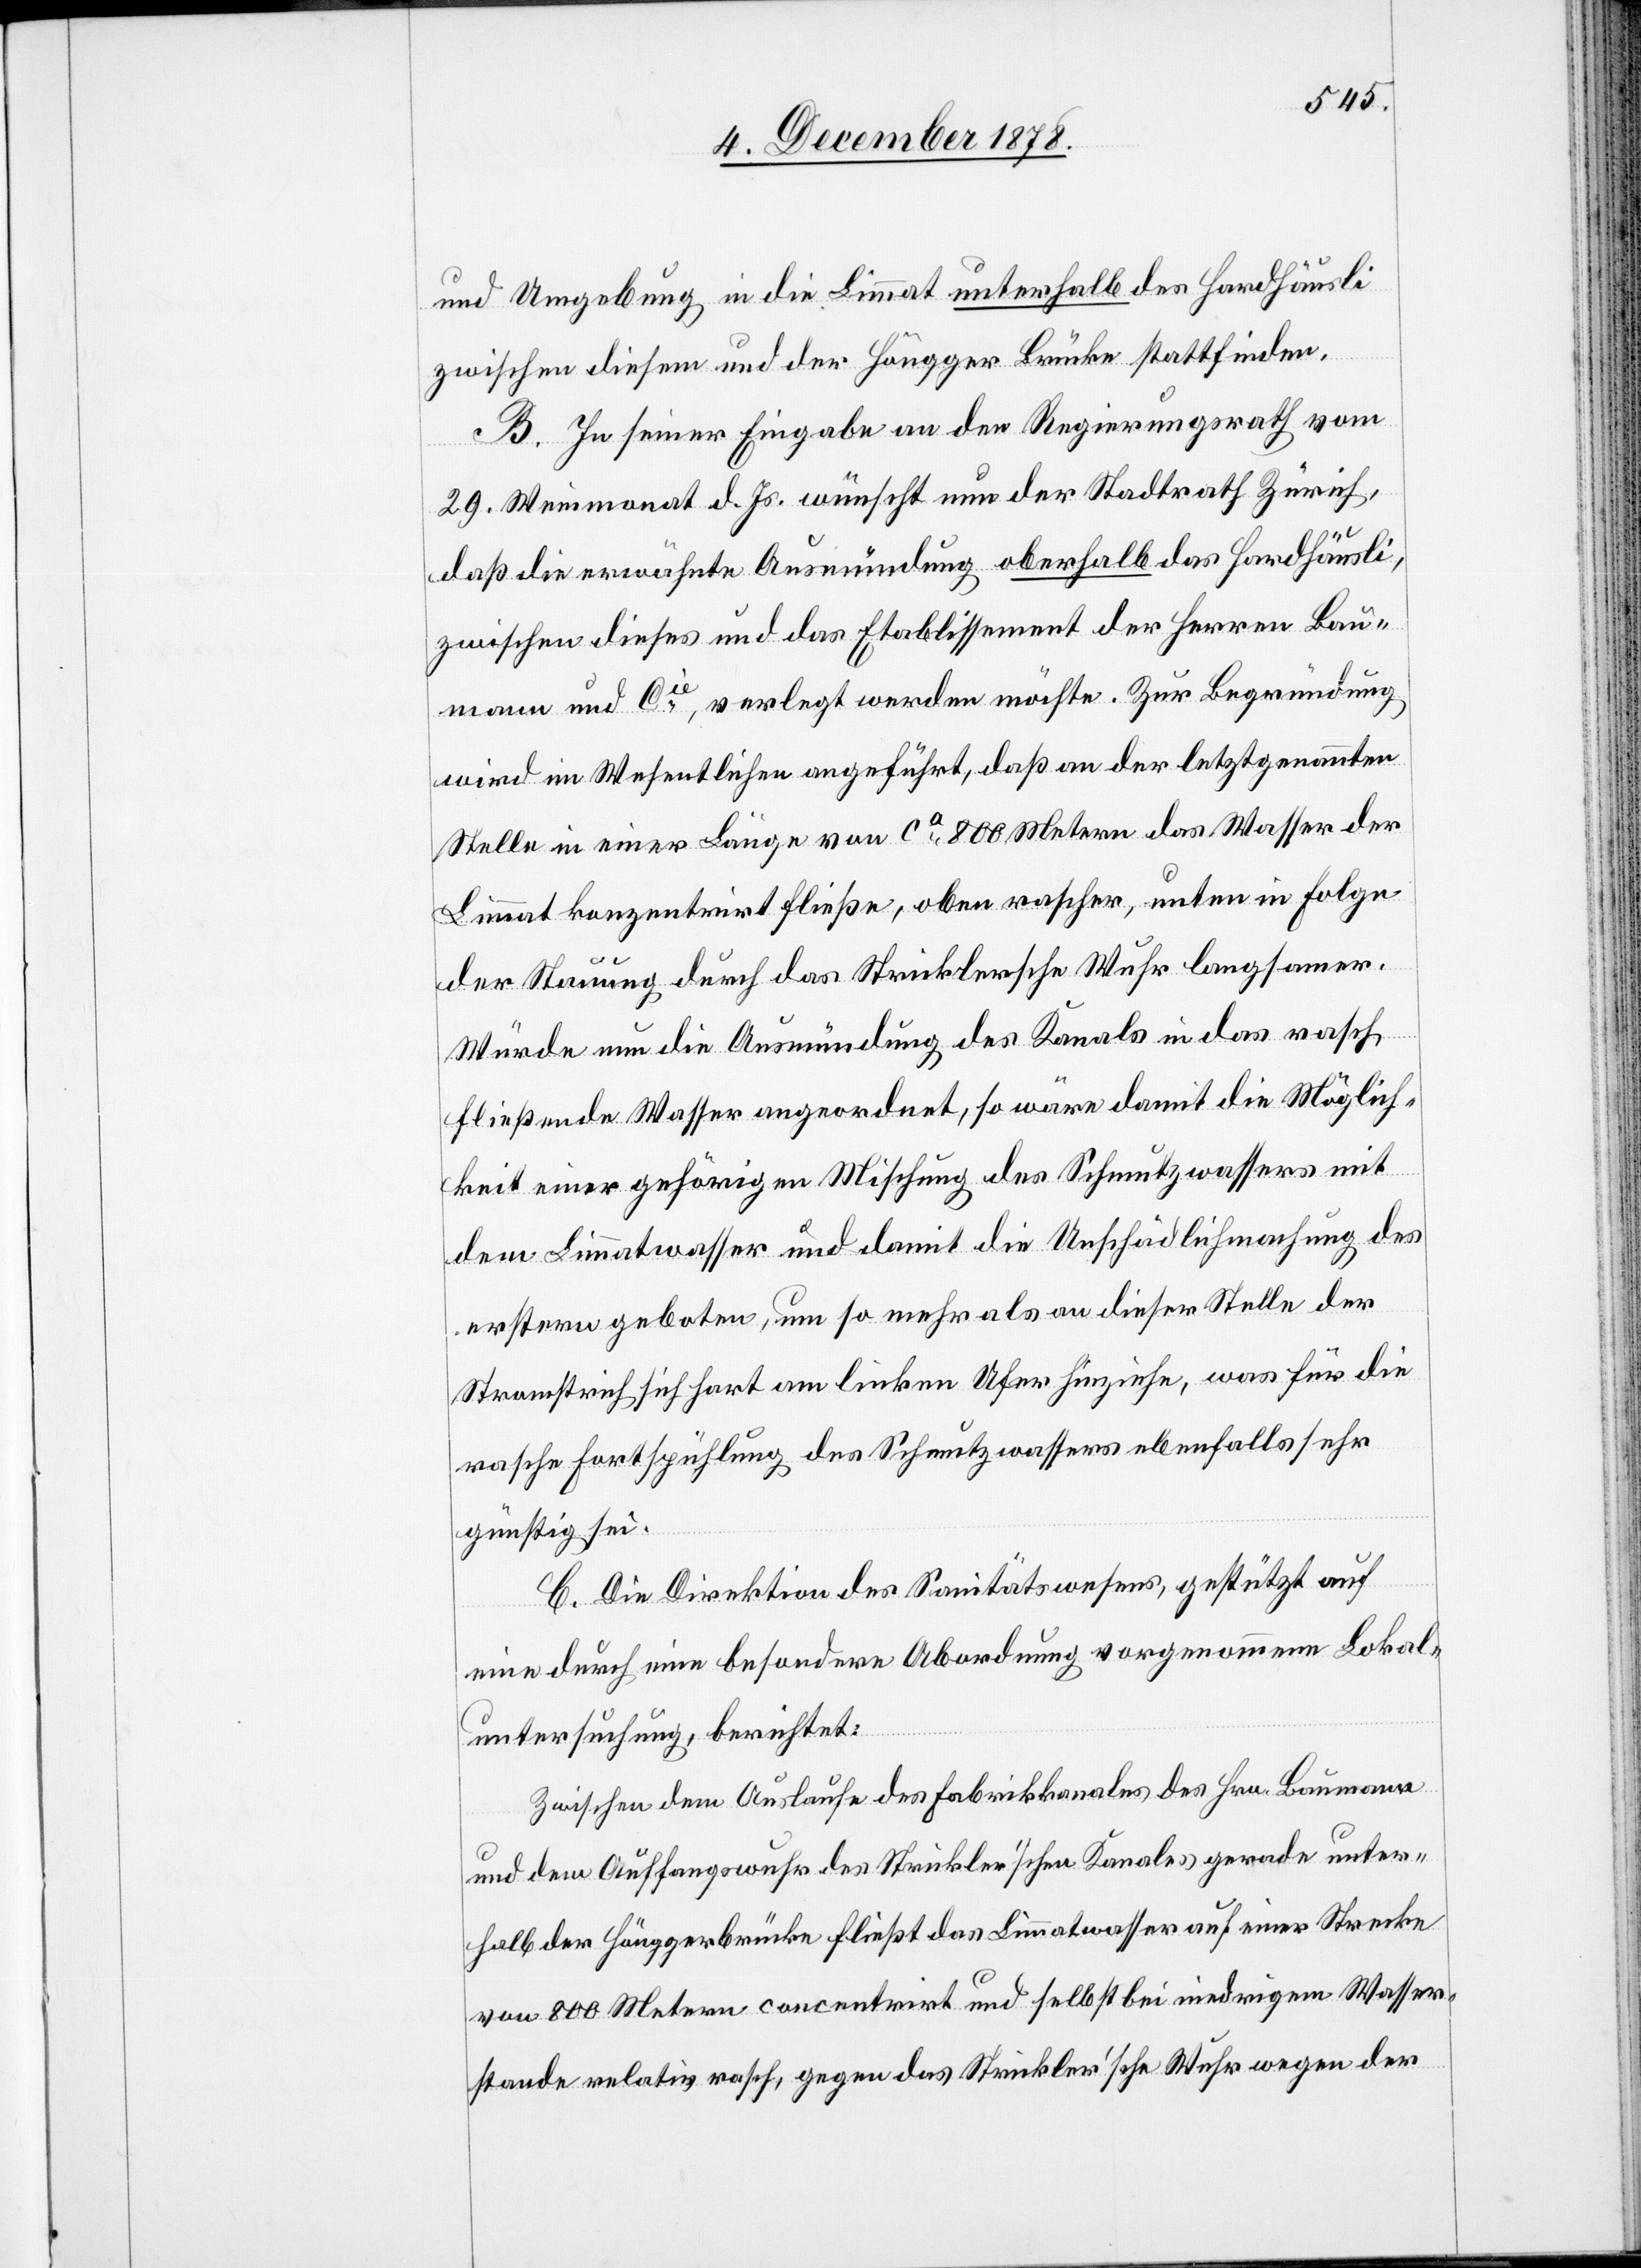
und Umgebung in die Limmat unterhalb des Hardhäusli
zwischen diesem und der Höngger Brücke stattfinden.
B. In seiner Eingabe an den Regierungsrath vom
29. Weinmonat d. Js. wünscht nun der Stadtrath Zürich,
daß die erwähnte Ausmündung oberhalb des Hardhäusli,
zwischen dieses und das Etablissement der Herren Bau¬
mann und Cie, verlegt werden möchte. Zur Begründung
wird im Wesentlichen angeführt, daß an der letztgenannten
Stelle in einer Länge von ca 8000 Metern das Wasser der
Limmat konzentrirt fließe, oben rascher, unten in Folge
der Stauung durch das Stricklersche Wuhr langsamer.
Würde nun die Ausmündung des Kanals in das rasch
fließende Wasser angeordnet, so wäre damit die Möglich¬
keit einer gehörigen Mischung des Schmutzwassers mit
dem Limmatwasser und damit die Unschädlichmachung des
erstern geboten, um so mehr als an dieser Stelle der
Stromstrich sich hart am linken Ufer hinziehe, was für die
rasche Fortspülung des Schmutzwassers ebenfalls sehr
günstig sei.
C. Die Direktion des Sanitätswesens, gestützt auf
eine durch eine besondere Abordnung vorgenommene Lokal¬
untersuchung, berichtet:
Zwischen dem Auslaufe des Fabrikkanales des Hrn. Baumann
und dem Auffangswuhr des Strickler’schen Kanales gerade unter¬
halb der Hönggerbrücke fließt das Limmatwasser auf eine Strecke
von 800 Meter concentrirt und selbst bei niedrigem Wasser¬
stande relativ rasch, gegen das Strickler’sche Wuhr wegen der